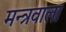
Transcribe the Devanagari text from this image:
मन्त्रवाला